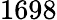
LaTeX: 1698